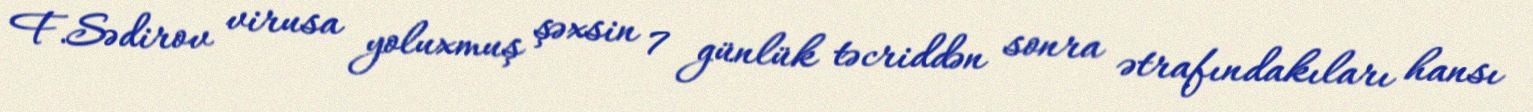
F.Sədirov virusa yoluxmuş şəxsin 7 günlük təcriddən sonra ətrafındakıları hansı